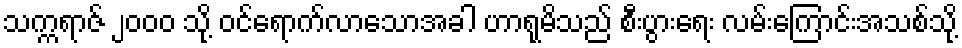
သက္ကရာဇ် ၂၀၀၀ သို့ ဝင်ရောက်လာသောအခါ ဟာရုမိသည် စီးပွားရေး လမ်းကြောင်းအသစ်သို့